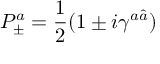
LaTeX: P _ { \pm } ^ { a } = { \frac { 1 } { 2 } } ( 1 \pm i \gamma ^ { a \hat { a } } )